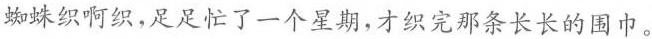
蜘蛛织啊织，足足忙了一个星期，才织完那条长长的围巾。